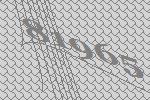
81965